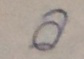
ล